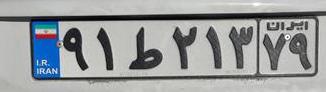
۹۱ط۲۱۳۷۹